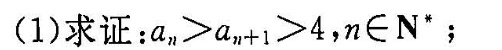
(1)求证:a_{n}>a_{n+1}+>4,n∈N*;